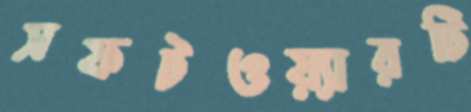
সফটওয়্যারটি